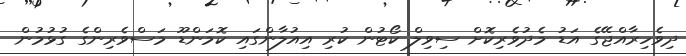
ދިވެހިރާއްޖޭގެ އަޑު މެދުވެރިކޮށް ސިވިލް ކޯޓުން ކުރި އިއުލާންގައި ކޮމަންޑޫ މަސްވެރިންގެ ގުޅުމުން